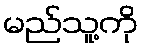
မည်သူ့ကို